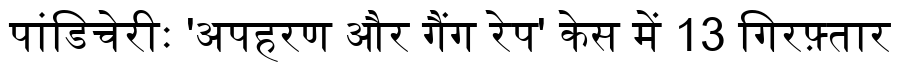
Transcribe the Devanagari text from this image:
पांडिचेरीः 'अपहरण और गैंग रेप' केस में 13 गिरफ़्तार